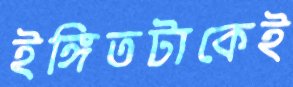
ইঙ্গিতটাকেই